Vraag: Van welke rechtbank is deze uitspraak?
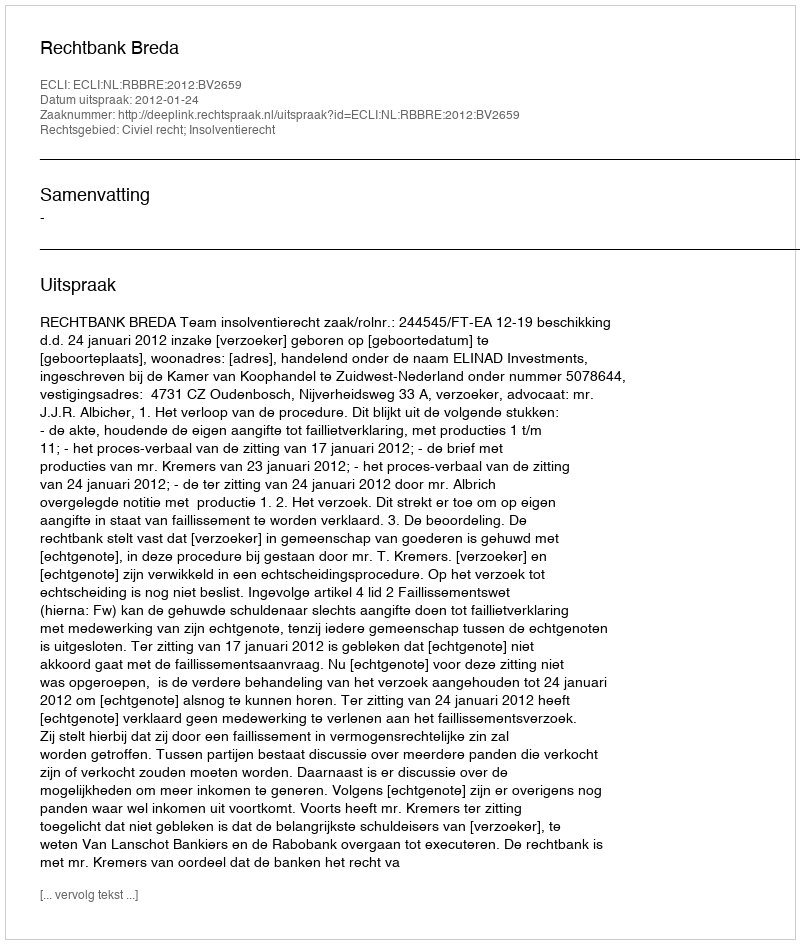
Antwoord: Rechtbank Breda